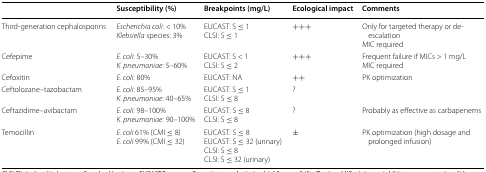
|  | Susceptibility (%) | Breakpoints (mg/L) | Ecological impact | Comments |
 | --- | --- | --- | --- | --- |
 | Third-generation cephalosporins | Escherichia coli: < 10%Klebsiella species: 3% | EUCAST: S ≤ 1CLSI: S ≤ 1 | +++ | Only for targeted therapy or de-escalationMIC required |
 | Cefepime | E. coli: 5–30%K. pneumoniae: 5–60% | EUCAST: S < 1CLSI: S ≤ 2 | +++ | Frequent failure if MICs > 1 mg/LMIC required |
 | Cefoxitin | E. coli: 80% | EUCAST: NA | ++ | PK optimization |
 | Ceftolozane–tazobactam | E. coli: 85–95%K. pneumoniae: 40–65% | EUCAST: S ≤ 1CLSI: S ≤ 8 | ? |  |
 | Ceftazidime–avibactam | E. coli: 98–100%K. pneumoniae: 90–100% | EUCAST: S ≤ 8CLSI: S ≤ 8 | ? | Probably as effective as carbapenems |
 | Temocillin | E. coli 61% (CMI ≤ 8)E. coli 99% (CMI ≤ 32) | EUCAST: S ≤ 8EUCAST: S ≤ 32 (urinary)CLSI: S ≤ 8CLSI: S ≤ 32 (urinary) | ± | PK optimization (high dosage and prolonged infusion) |